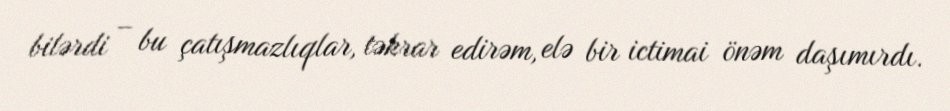
bilərdi – bu çatışmazlıqlar, təkrar edirəm, elə bir ictimai önəm daşımırdı.